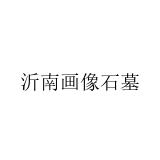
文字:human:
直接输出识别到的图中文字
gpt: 沂南画像石墓